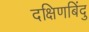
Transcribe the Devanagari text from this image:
दक्षिणबिंदु